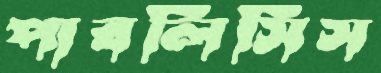
পাবলিসিস